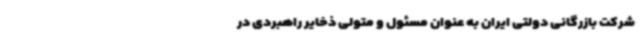
شرکت بازرگانی دولتی ایران به عنوان مسئول و متولی ذخایر راهبردی در